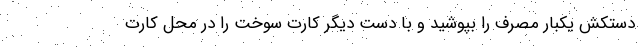
دستکش یکبار مصرف را بپوشید و با دست دیگر کارت سوخت را در محل کارت